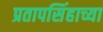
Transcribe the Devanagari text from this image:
प्रतापसिंहाच्या